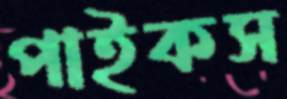
পাইকস